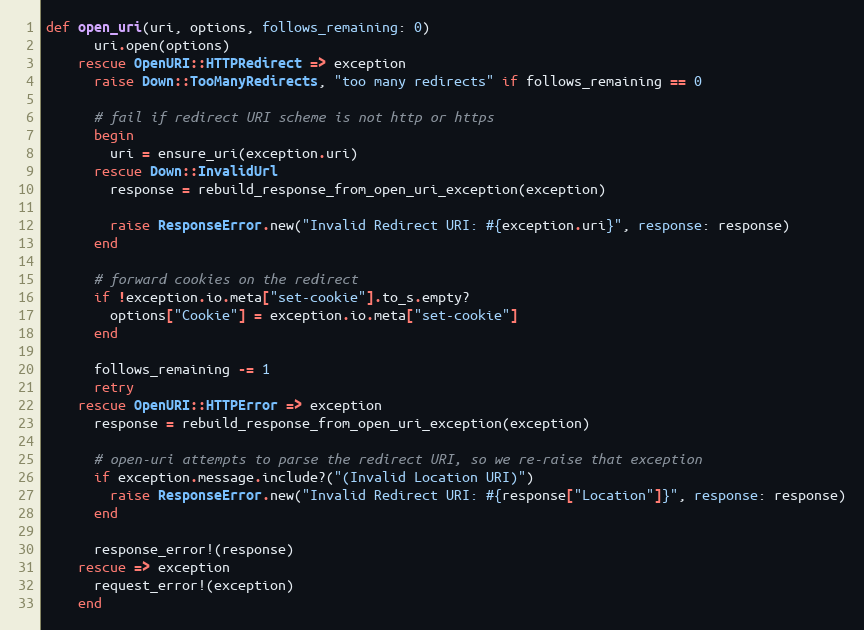
Language: Ruby
def open_uri(uri, options, follows_remaining: 0)
      uri.open(options)
    rescue OpenURI::HTTPRedirect => exception
      raise Down::TooManyRedirects, "too many redirects" if follows_remaining == 0

      # fail if redirect URI scheme is not http or https
      begin
        uri = ensure_uri(exception.uri)
      rescue Down::InvalidUrl
        response = rebuild_response_from_open_uri_exception(exception)

        raise ResponseError.new("Invalid Redirect URI: #{exception.uri}", response: response)
      end

      # forward cookies on the redirect
      if !exception.io.meta["set-cookie"].to_s.empty?
        options["Cookie"] = exception.io.meta["set-cookie"]
      end

      follows_remaining -= 1
      retry
    rescue OpenURI::HTTPError => exception
      response = rebuild_response_from_open_uri_exception(exception)

      # open-uri attempts to parse the redirect URI, so we re-raise that exception
      if exception.message.include?("(Invalid Location URI)")
        raise ResponseError.new("Invalid Redirect URI: #{response["Location"]}", response: response)
      end

      response_error!(response)
    rescue => exception
      request_error!(exception)
    end